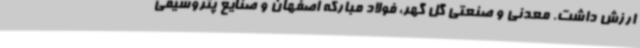
ارزش داشت. معدنی و صنعتی گل گهر، فولاد مبارکه اصفهان و صنایع پتروشیمی